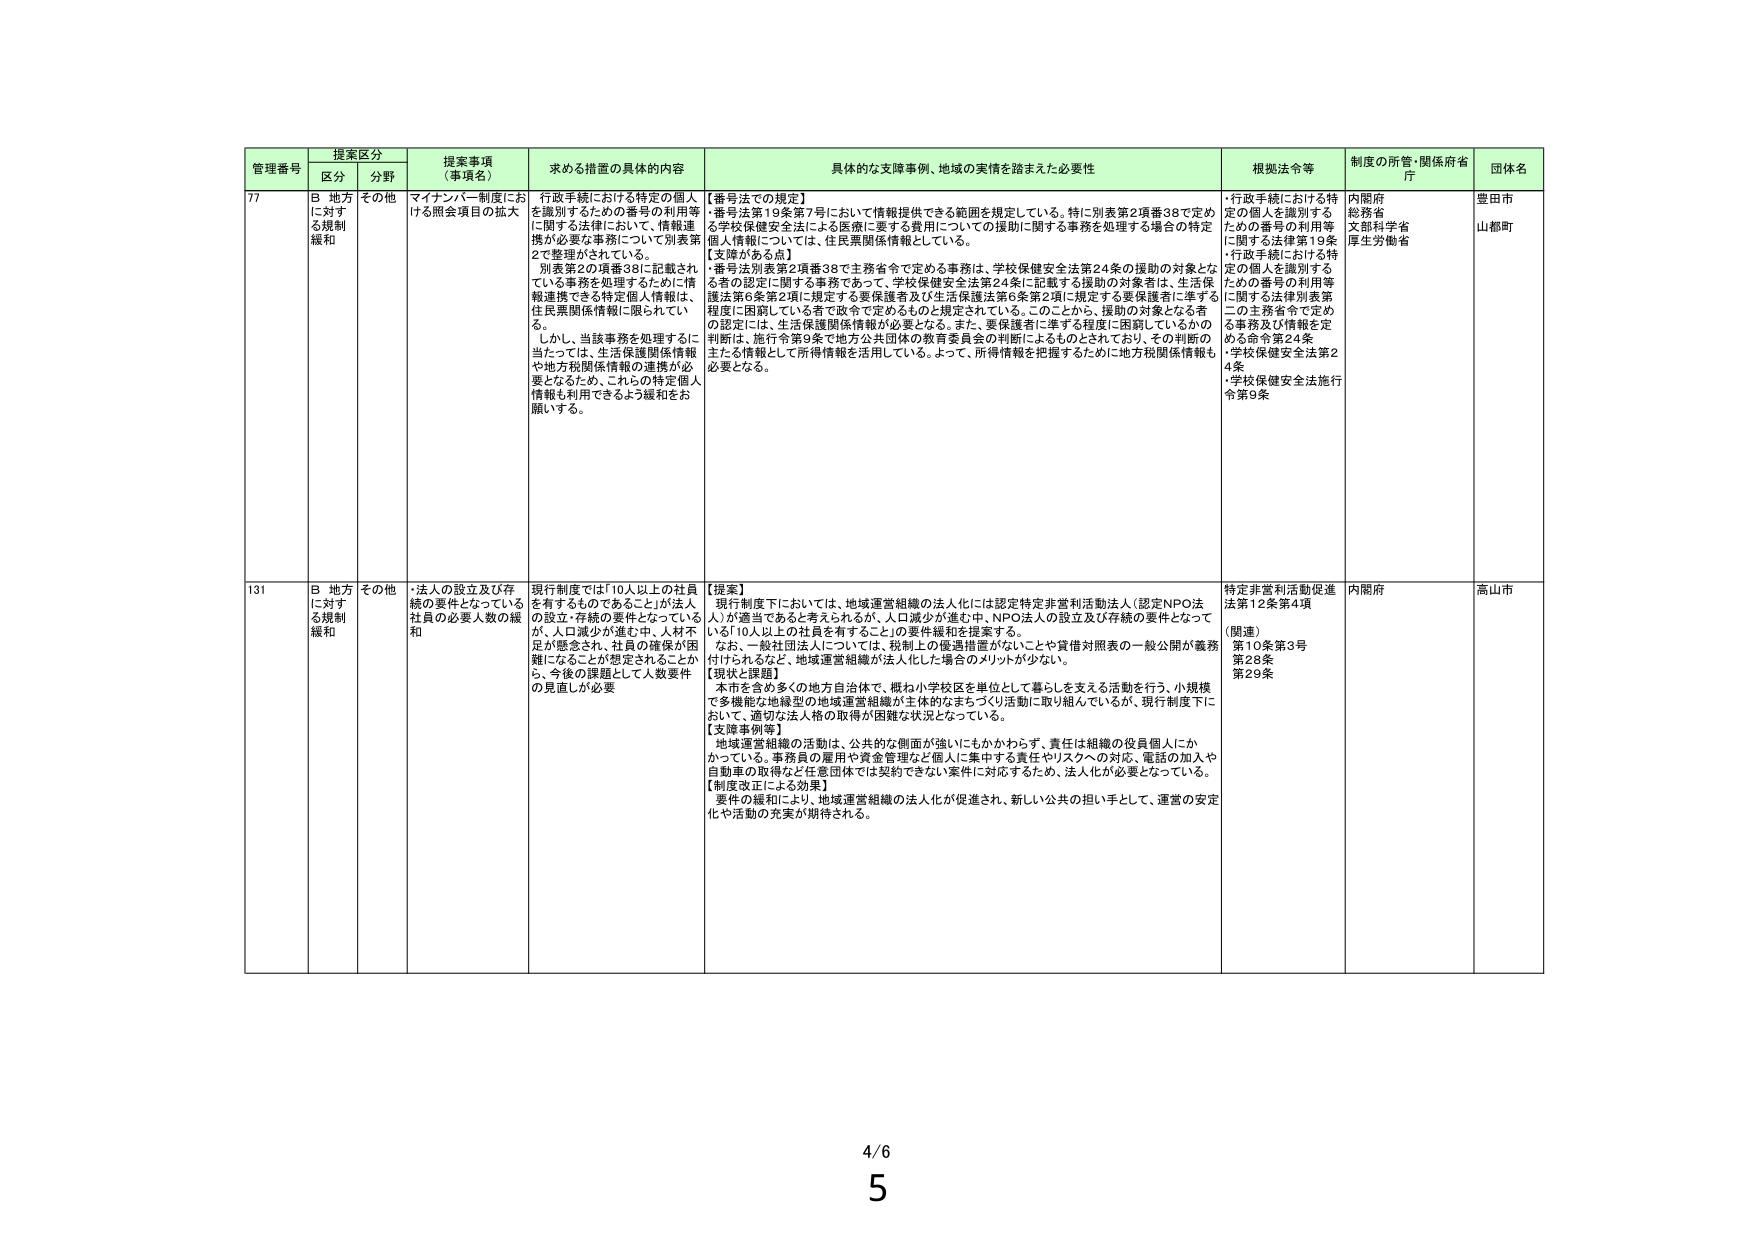
管理番号 提案区分 提案事項（事項名） 求める措置の具体的内容 具体的な支援事例、地域の実情を踏まえた必要性 根拠法令等 制度の所管・関係府省庁 団体名
区分 分野
77 B 地方に対する規制緩和 その他 マイナンバー制度における照会項目の拡大 行政手続における特定の個人を識別するための番号の利用等に関する法律において、情報連携が必要な事務について、別表第2で整理がされている。別表第2の項番38に記載されている事務を処理するために情報連携できる特定個人情報は、住民票関係情報に限られている。しかし、当該事務を処理するに当たっては、生活保護関係情報や地方税関係情報の連携が必要となるため、これらの特定個人情報も利用できるよう緩和をお願いする。 【番号法での規定】・番号法第19条第7号において情報提供できる範囲を規定している。特に別表第2項番38で定める学校保健安全法による医療に要する費用についての援助に関する事務を処理する場合の特定個人情報については、住民票関係情報としている。【支障がある点】・番号法別表第2項番38で主務省令で定める事務は、学校保健安全法第24条の援助の対象となる者の認定に関する事務であって、学校保健安全法第24条に記載する援助の対象者は、生活保護法第6条第2項に規定する要保護者及び生活保護法第6条第2項に規定する要保護者に準ずる程度に困窮している者で政令で定めるものと規定されている。このことから、援助の対象となる者の認定には、生活保護関係情報が必要となる。また、要保護者に準ずる程度に困窮しているかの判断は、施行令第9条で地方公共団体の教育委員会の判断によるものとされており、その判断の主たる情報として所得情報を活用している。よって、所得情報を把握するために地方税関係情報も必要となる。 ・行政手続における特定の個人を識別するための番号の利用等に関する法律第19条・行政手続における特定の個人を識別するための番号の利用等に関する法律別表第2の主務省令で定める事務及び情報を定める命令第24条・学校保健安全法第24条・学校保健安全法施行令第9条 内閣府 総務省 文部科学省 厚生労働省 豊田市 山都町
131 B 地方に対する規制緩和 その他 ・法人の設立及び存続の要件となっている社員の必要人数の緩和 現行制度では「10人以上の社員を有するものであることが法人の設立・存続の要件となっているが、人口減少が進む中、人材不足が懸念され、社員の確保が困難になることが想定されることから、今後の課題として人数要件の見直しが必要 【提案】現行制度下においては、地域運営組織の法人化には認定特定非営利活動法人（認定NPO法人）が適当であると考えられるが、人口減少が進む中、NPO法人の設立及び存続の要件となっている「10人以上の社員を有すること」の要件緩和を提案する。なお、一般社団法人については、税制上の優遇措置がないことや貸借対照表の一般公開が義務付けられるなど、地域運営組織が法人化した場合のメリットが少ない。【現状と課題】本市を含め多くの地方自治体で、概ね小学校区を単位として暮らしを支える活動を行う、小規模で多機能な地縁型の地域運営組織が主体的なまちづくり活動に取り組んでいるが、現行制度下において、適切な法人格の取得が困難な状況となっている。【支援事例等】地域運営組織の活動は、公共的な側面が強いにもかかわらず、責任は組織の役員個人にかかっている。事務員の雇用や資金管理など個人に集中する責任やリスクへの対応、電話の加入や自動車の取得など任意団体では契約できない案件に対応するため、法人化が必要となっている。【制度改正による効果】要件の緩和により、地域運営組織の法人化が促進され、新しい公共の担い手として、運営の安定化や活動の充実が期待される。 特定非営利活動促進法第12条第4項（関連）第10条第3号第28条第29条 内閣府 高山市
4/6
5